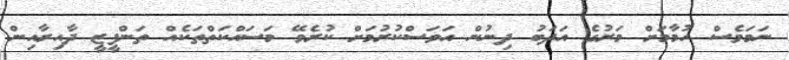
ނަމަވެސް ހުމާމަށް މަރުގެ އަދަބު ދިނުން އަވަސްކުރުމަށް ކުރެވޭ މަސައްކަތްތަކެއް ތަންފީޒީ ދާއިރާއިން